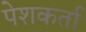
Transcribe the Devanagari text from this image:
पेशकर्ता